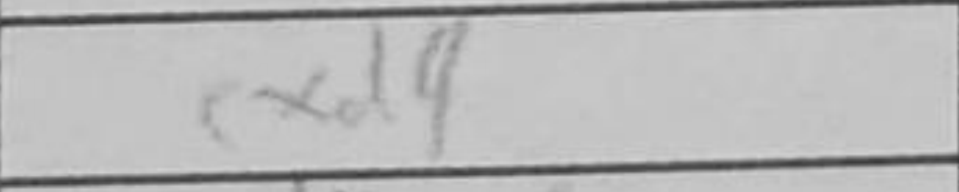
Transcription: cxd4